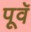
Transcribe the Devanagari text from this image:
पूवॅ